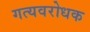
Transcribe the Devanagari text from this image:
गत्यवरोधक